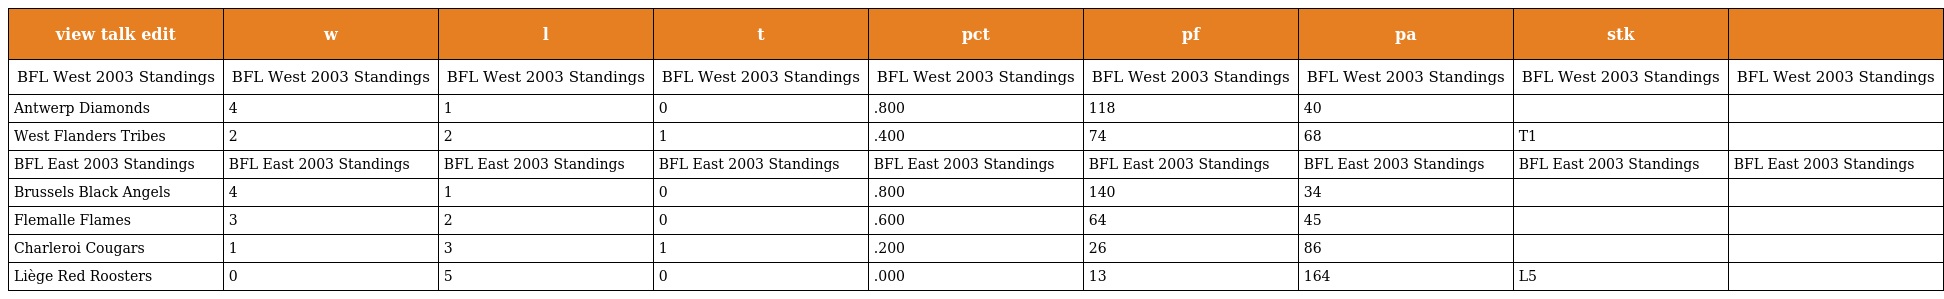
| view talk edit | w | l | t | pct | pf | pa | stk |  |
 | --- | --- | --- | --- | --- | --- | --- | --- | --- |
 | BFL West 2003 Standings | BFL West 2003 Standings | BFL West 2003 Standings | BFL West 2003 Standings | BFL West 2003 Standings | BFL West 2003 Standings | BFL West 2003 Standings | BFL West 2003 Standings | BFL West 2003 Standings |
 | Antwerp Diamonds | 4 | 1 | 0 | .800 | 118 | 40 |  |  |
 | West Flanders Tribes | 2 | 2 | 1 | .400 | 74 | 68 | T1 |  |
 | BFL East 2003 Standings | BFL East 2003 Standings | BFL East 2003 Standings | BFL East 2003 Standings | BFL East 2003 Standings | BFL East 2003 Standings | BFL East 2003 Standings | BFL East 2003 Standings | BFL East 2003 Standings |
 | Brussels Black Angels | 4 | 1 | 0 | .800 | 140 | 34 |  |  |
 | Flemalle Flames | 3 | 2 | 0 | .600 | 64 | 45 |  |  |
 | Charleroi Cougars | 1 | 3 | 1 | .200 | 26 | 86 |  |  |
 | Liège Red Roosters | 0 | 5 | 0 | .000 | 13 | 164 | L5 |  |